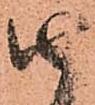
由